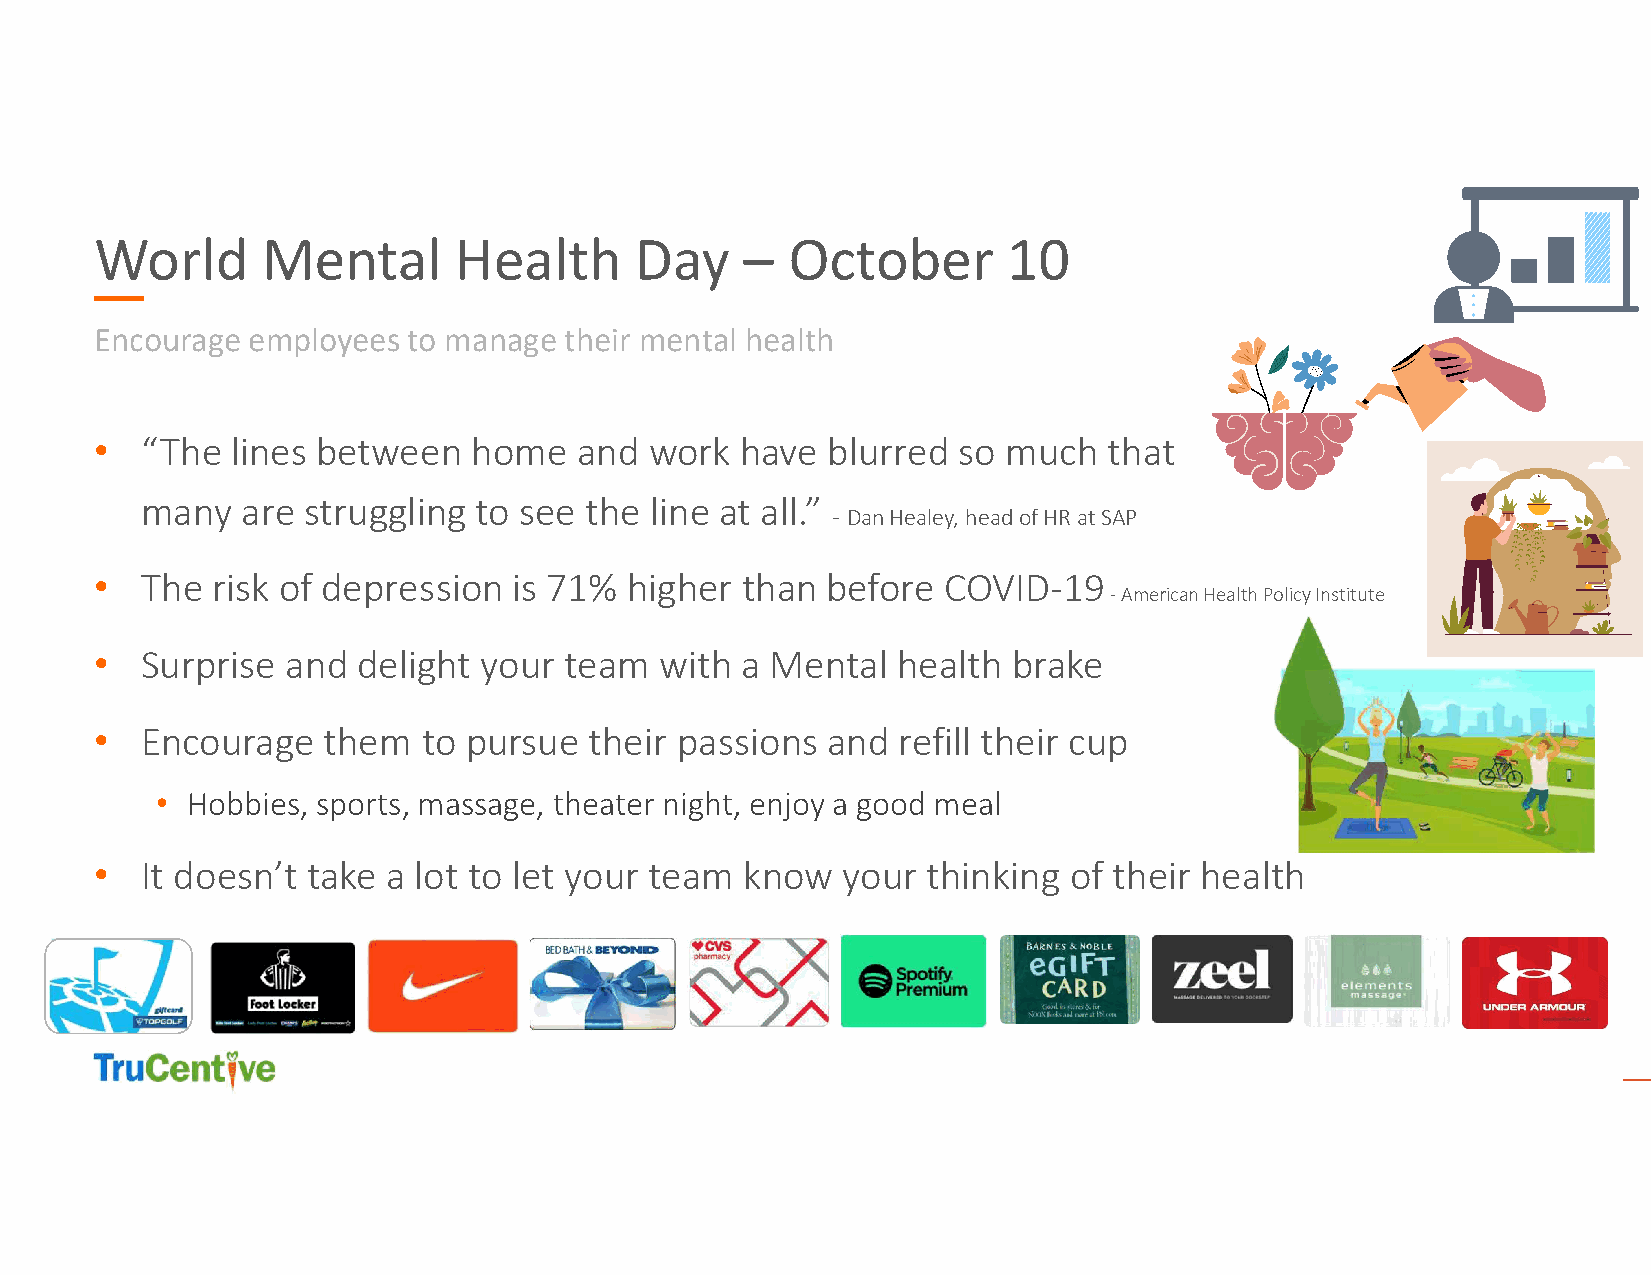
World      Mental       Health      Day    –  October        10
 Encourage employees  to manage their mental health
 •  “The  lines between   home   and  work  have  blurred so much   that
 many   are struggling to see  the line at all.”
 - Dan Healey, head of HR at SAP
 •  The  risk of depression  is 71% higher  than  before COVID-19
 -American Health Policy Institute
 •  Surprise  and  delight your team   with a Mental  health  brake
 •  Encourage   them   to pursue  their passions  and refill their cup
 • Hobbies, sports, massage, theater night, enjoy a good meal
 •  It doesn’t take  a lot to let your team know   your thinking  of their health